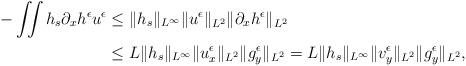
LaTeX: \begin{align*}\begin{aligned}-\iint h_s \partial_x h^\epsilon u^\epsilon &\leq \Vert h_s \Vert_{L^\infty}\Vert u^\epsilon\Vert_{L^2}\Vert \partial_x h^\epsilon\Vert_{L^2}\\&\leq L\Vert h_s \Vert_{L^\infty}\Vert u^\epsilon_x\Vert_{L^2}\Vert g^\epsilon_y\Vert_{L^2}=L\Vert h_s \Vert_{L^\infty}\Vert v^\epsilon_y\Vert_{L^2}\Vert g^\epsilon_y\Vert_{L^2},\end{aligned}\end{align*}